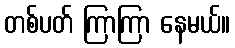
တစ်ပတ် ကြာကြာ နေမယ်။